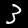
Label: 3